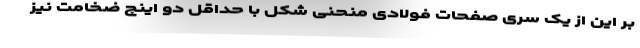
بر این از یک سری صفحات فولادی منحنی شکل با حداقل دو اینچ ضخامت نیز